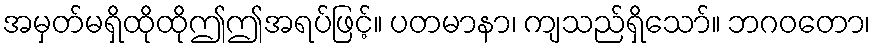
အမှတ်မရှိထိုထိုဤဤအရပ်ဖြင့်။ ပတမာနာ၊ ကျသည်ရှိသော်။ ဘဂဝတော၊